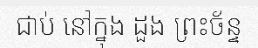
ជាប់ នៅក្នុង ដួង ព្រះច័ន្ទ